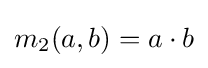
m_{2}(a,b)=a\cdot b